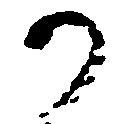
か